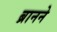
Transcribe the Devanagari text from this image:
ब्रानने